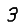
Digit: 3